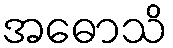
အဓောသိ